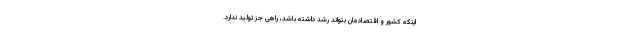
اینکه کشور و اقتصادمان بتواند رشد داشته باشد، راهی جز تولید ندارد.